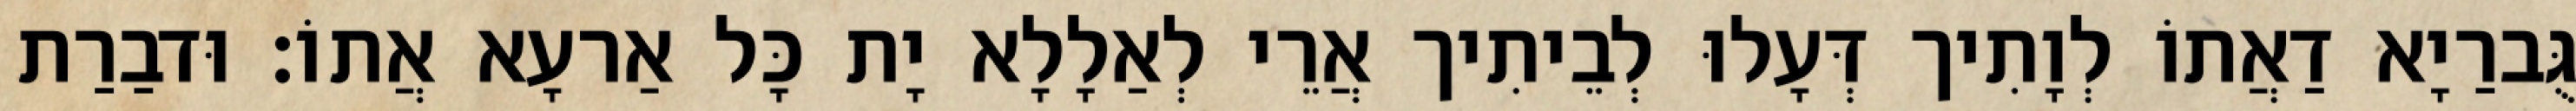
גֻּברַיָא דַאֲתוֹ לְוָתִיך דְּעָלוּ לְבֵיתִיך אֲרֵי לְאַלָלָא יָת כָּל אַרעָא אֲתוֹ׃ וּדבַרַת